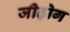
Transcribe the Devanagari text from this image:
जीढ़ोग